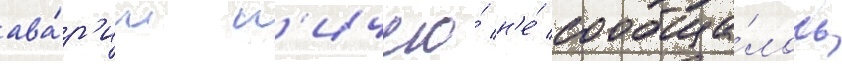
ава́р'ии н'ичего́ н'е́ сообща́лось